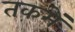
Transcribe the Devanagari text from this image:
तकमें